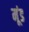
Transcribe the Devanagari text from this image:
मूंड